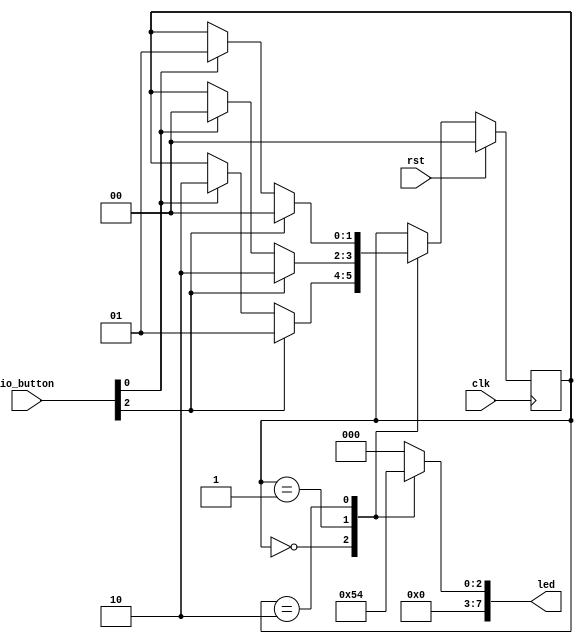
/*
   This file was generated automatically by the Mojo IDE version B1.3.6.
   Do not edit this file directly. Instead edit the original Lucid source.
   This is a temporary file and any changes made to it will be destroyed.
*/

module eight_fsm_2 (
    input clk,
    input rst,
    input [4:0] io_button,
    output reg [7:0] led
  );
  
  
  
  reg [26:0] M_counter_d, M_counter_q = 1'h0;
  localparam ONE_state = 2'd0;
  localparam TWO_state = 2'd1;
  localparam THREE_state = 2'd2;
  
  reg [1:0] M_state_d, M_state_q = ONE_state;
  
  always @* begin
    M_state_d = M_state_q;
    M_counter_d = M_counter_q;
    
    M_counter_d = M_counter_q + 1'h1;
    led = 1'h0;
    
    case (M_state_q)
      ONE_state: begin
        led = 8'h01;
        if (io_button[2+0-:1] == 1'h1) begin
          M_state_d = TWO_state;
        end else begin
          if (io_button[0+0-:1] == 1'h1) begin
            M_state_d = THREE_state;
          end
        end
      end
      TWO_state: begin
        led = 8'h02;
        if (io_button[2+0-:1] == 1'h1) begin
          M_state_d = THREE_state;
        end else begin
          if (io_button[0+0-:1] == 1'h1) begin
            M_state_d = ONE_state;
          end
        end
      end
      THREE_state: begin
        led = 8'h04;
        if (io_button[2+0-:1] == 1'h1) begin
          M_state_d = ONE_state;
        end else begin
          if (io_button[0+0-:1] == 1'h1) begin
            M_state_d = TWO_state;
          end
        end
      end
    endcase
  end
  
  always @(posedge clk) begin
    if (rst == 1'b1) begin
      M_counter_q <= 1'h0;
      M_state_q <= 1'h0;
    end else begin
      M_counter_q <= M_counter_d;
      M_state_q <= M_state_d;
    end
  end
  
endmodule